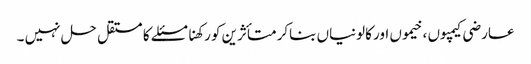
عارضی کیمپوں ، خیموں اور کالونیاں بناکر متأثرین کو رکھنا مسئلے کا مستقل حل نہیں ۔